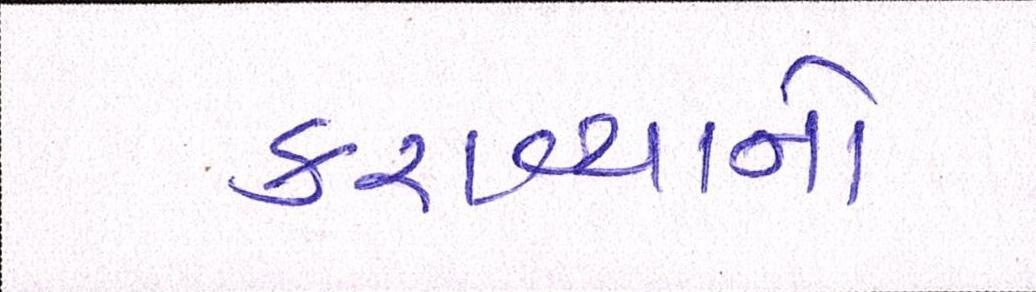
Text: કરાવ્યાનો